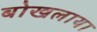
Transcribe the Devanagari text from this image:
बोखलाया